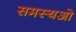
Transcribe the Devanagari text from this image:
समस्यओ